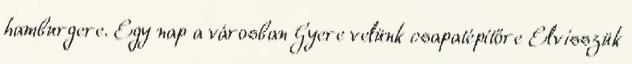
hamburgere. Egy nap a városban Gyere velünk csapatépítőre Elvisszük